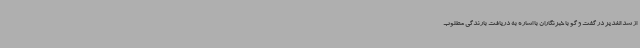
از سد الغدیر در گفت و گو با خبرنگاران با اشاره به دریافت بارندگی مطلوب